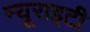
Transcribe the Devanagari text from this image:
न्यूराइटी